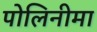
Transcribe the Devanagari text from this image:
पोलिनीमा